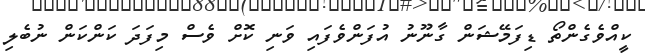
ކީއްވެގެންތޯ ޑިފަމޭޝަން ގާނޫނު އުފަންވެފައި ވަނި ކޮށް ވެސް މިފަދަ ކަންކަން ނުބެލި